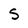
Character: S